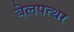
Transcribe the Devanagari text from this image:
बेलपत्थर